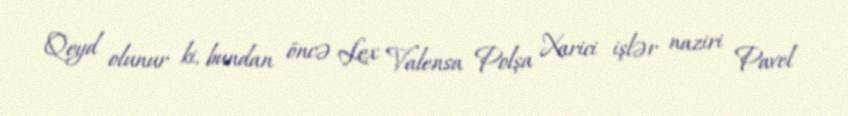
Qeyd olunur ki, bundan öncə Lex Valensa Polşa Xarici işlər naziri Pavel